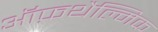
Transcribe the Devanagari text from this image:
ऑफ़थैल्मिक